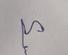
Signature authenticity: genuine